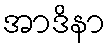
အာဒိနာ